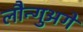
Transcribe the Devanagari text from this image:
लौन्गुअगे